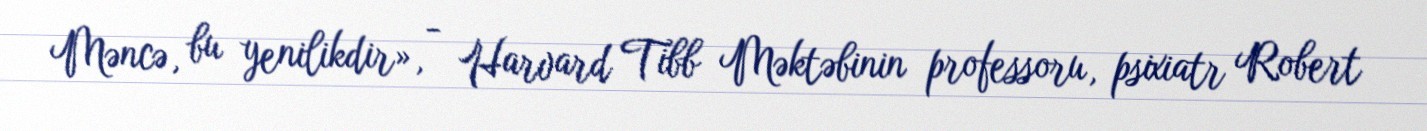
Məncə, bu yenilikdir», - Harvard Tibb Məktəbinin professoru, psixiatr Robert